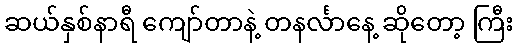
ဆယ်နှစ်နာရီ ကျော်တာနဲ့ တနင်္လာနေ့ ဆိုတော့ ကြီး